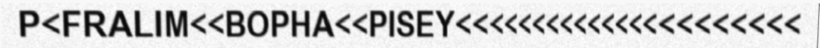
P<FRALIM<<BOPHA<<PISEY<<<<<<<<<<<<<<<<<<<<<<